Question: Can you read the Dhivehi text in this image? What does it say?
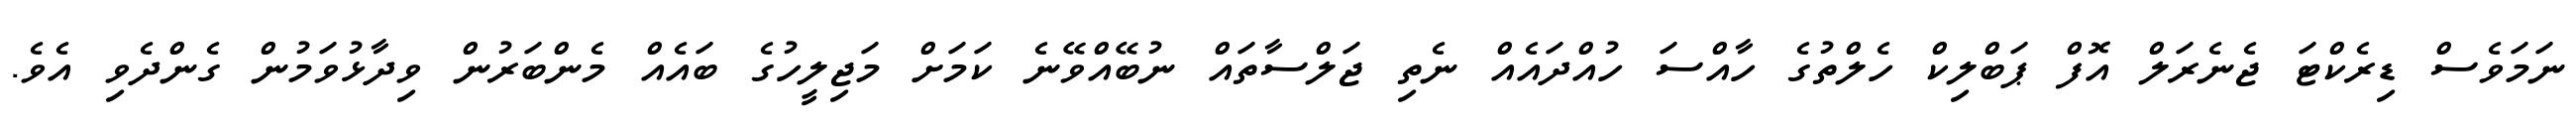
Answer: ނަމަވެސް ޑިރެކްޓަ ޖެނެރަލް އޮފް ޕަބްލިކް ހެލްތުގެ ހާއްސަ ހުއްދައެއް ނެތި ޖަލްސާތައް ނުބޭއްވޭނެ ކަމަށް މަޖިލީހުގެ ބައެއް މެންބަރުން ވިދާޅުވަމުން ގެންދެވި އެވެ.